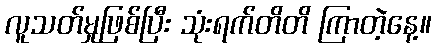
လူသတ်မှုဖြစ်ပြီး သုံးရက်တိတိ ကြာတဲ့နေ့။